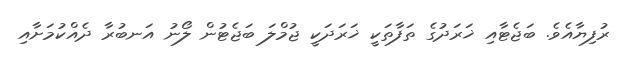
ރުފިޔާއެވެ. ބަޖެޓާއި ޚަރަދުގެ ތަފާތަކީ ޚަރަދަކީ ޖުމްލަ ބަޖެޓުން ލޯނު އަނބުރާ ދެއްކުމަށާއި